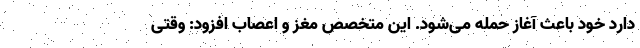
دارد خود باعث آغاز حمله می‌شود. این متخصص مغز و اعصاب افزود: وقتی